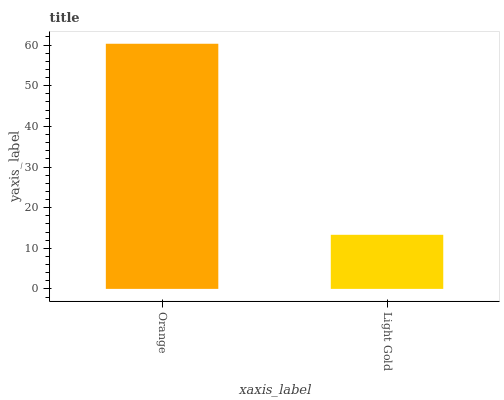
| xaxis_label | bars |
 | --- | --- |
 | Orange | 60.3 |
 | Light Gold | 13.3 |